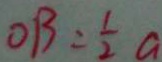
O B = \frac { 1 } { 2 } a